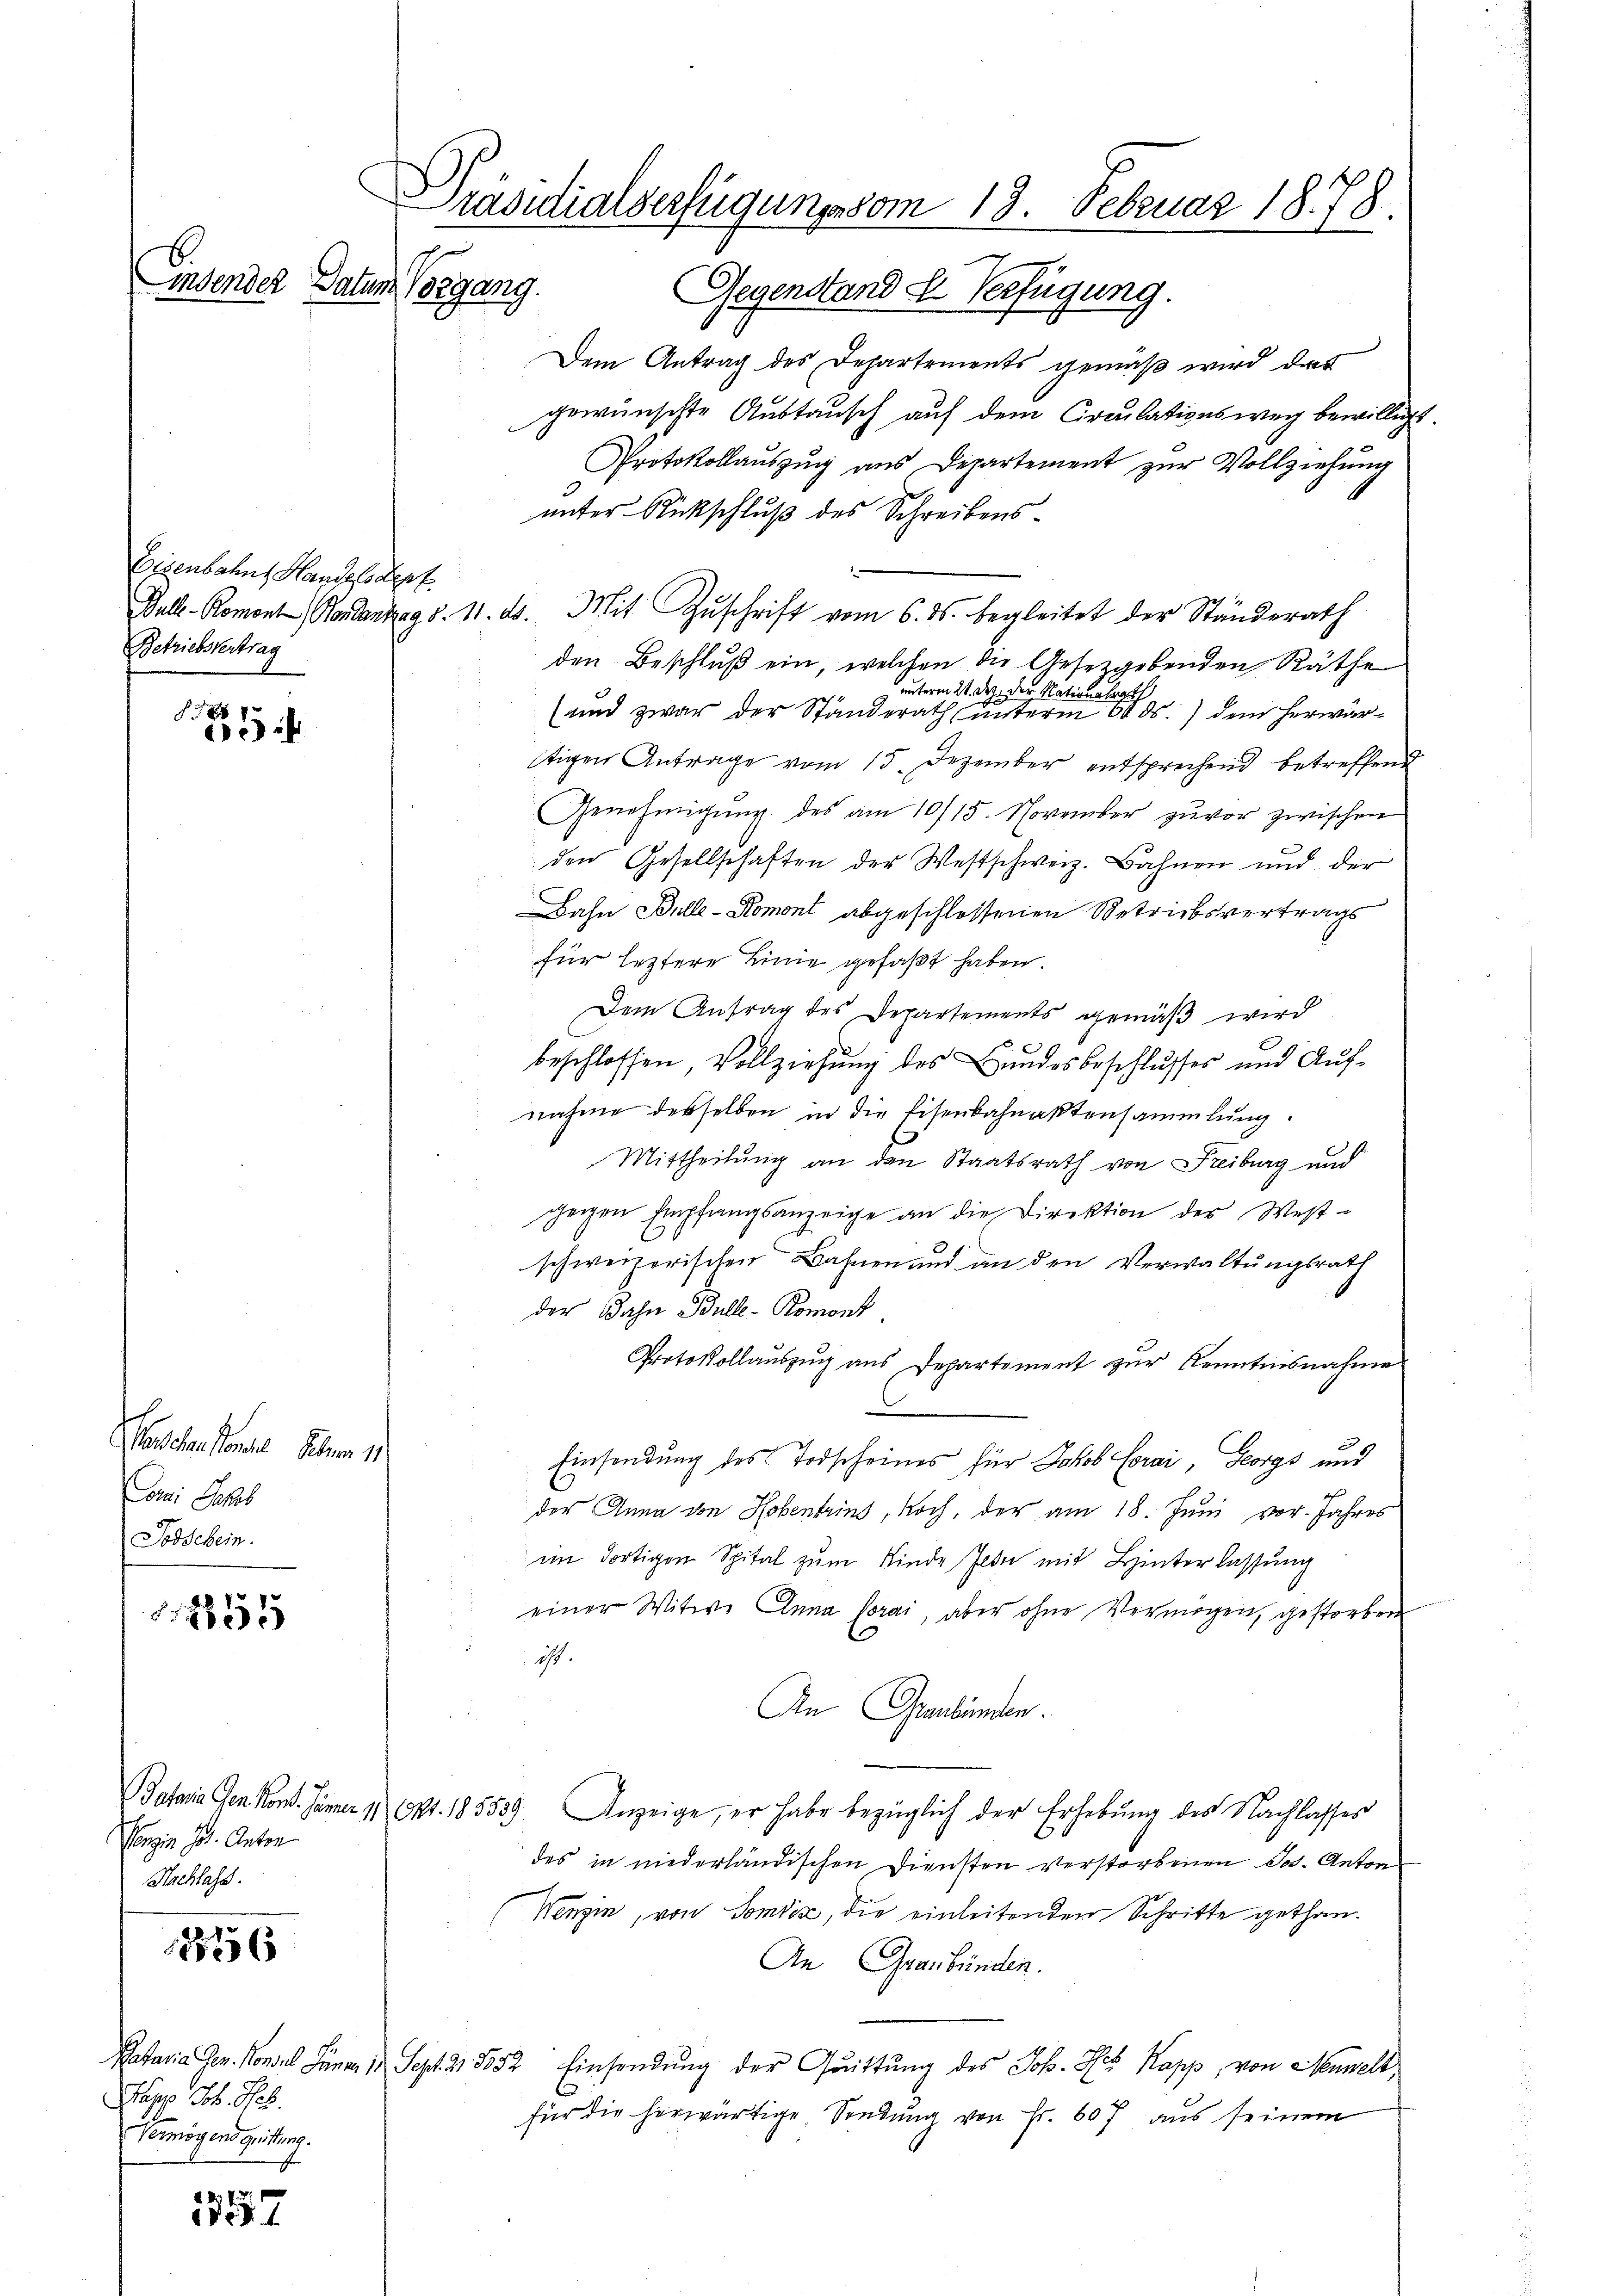
B.

xx

Felben den den
Comi Jahrb
Todschein.

2855

Conzen Jos. Anton
Nachlass.

18876

Papp Joh. Res
Vermögend Grittung.

4
157

Präsidialverfügungssom 18. Februar 1878.
indender Datum Vorgang.
Gegenstande Verfügung.

Eisenbahns Handelsdorf
Betriebstertrag

Dem Antrag des Departements gemäß wird das
gewünschte Austausch auf dem Circulationsweg bewilligt
Protokollauszug aus Departement zur Vollziehung
unter Rückschluß des Schreibensden Beschluß ein, welchen die Gesetzgebenden Räthe
unterm 24. Dez. der Nationalrath
(und zwar der Standerath unterm 6. ds.) dem herwärltigen Antrage vom 15. Dezember entsprechend betreffend
Genehmigŭng des am 10/15. November zuvor zwischen
den Gesellschaften der Westschweiz. Bahnen und der
Bahn Bille-Komont abgeschlossenen Betriebsvertrags
für leztere Linie gefaßt haben.
Dem Antrag des Departements gemäß wird
beschlossen, Vollziehung des Bundesbeschlusses und Aufnahme desselben in die Eisenbahnaktensammlung.
Mittheilung an den Staatsrath von Freiburg und
geigen Empfangsanzeige an die Direktion der West-
schweizerischen Bahnen und an den Verwaltungsrath
der Dahn Bulle-Romont.
Protokollaŭszŭg ans Departement zŭr Kenntnisnahme
Einsendung des Todscheines für Jakob Corai, Georgs und
der Anna von Hobentrins, Koch, der am 18. Juni vor. Jahres
im dortigen Spital zŭm Kinde Jede mit Hinterlassung
einer Witwe Anna Porai, aber ohne Vermögen, gestorben
 ist.
An Graubünden.
Bataria Gen Mon. Jammer 17 Okt. 18553). Anzeige, er habe bezüglich der Erhebung des Nachlasses
des in niederländischen Diensten verstorbenen Jos. Anton
Wenzin, von Somtise, die einleitenden Schritte gethan.
An Graubünden.
Petaria Gen. Konsul Jäner 18 Sept. 21. 352 Einsendung der Quittung des Joh. Hch. Kapp, von Mumelt,
für die herwärtige Sendung von Fr. 607 aus seinem

Bull-Roment Hondantag d. 11. ds. Mit Zuschrift vom 6. ds. begleitet der Ständerath